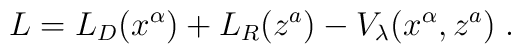
L=L_{D}(x^{\alpha })+L_{R}(z^{a})-V_{\lambda }(x^{\alpha },z^{a})\;.